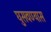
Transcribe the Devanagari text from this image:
घुसवण्यास